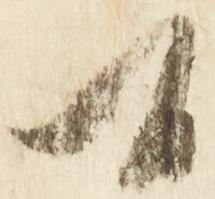
候